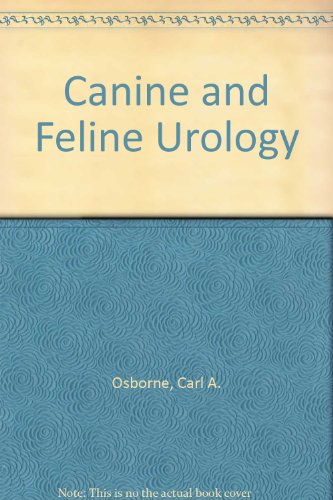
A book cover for Canine and Feline Urology; Carl A. Osborne; Medical Books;